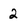
Character: 2